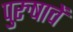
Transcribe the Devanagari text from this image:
पुरुषाचें